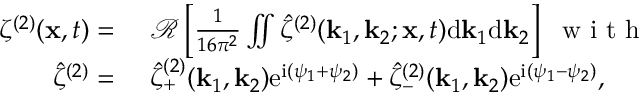
\begin{array} { r l } { \zeta ^ { ( 2 ) } ( \mathbf { x } , t ) = ~ } & { { } \mathcal { R } \left[ \frac { 1 } { 1 6 \pi ^ { 2 } } \iint \hat { \zeta } ^ { ( 2 ) } ( \mathbf { k } _ { 1 } , \mathbf { k } _ { 2 } ; \mathbf { x } , t ) \mathrm { d } \mathbf { k } _ { 1 } \mathrm { d } \mathbf { k } _ { 2 } \right] ~ \mathrm { ~ w ~ i ~ t ~ h ~ } ~ } \\ { \hat { \zeta } ^ { ( 2 ) } = ~ } & { { } \hat { \zeta } _ { + } ^ { ( 2 ) } ( \mathbf { k } _ { 1 } , \mathbf { k } _ { 2 } ) \mathrm { e } ^ { \mathrm { i } ( \psi _ { 1 } + \psi _ { 2 } ) } + \hat { \zeta } _ { - } ^ { ( 2 ) } ( \mathbf { k } _ { 1 } , \mathbf { k } _ { 2 } ) \mathrm { e } ^ { \mathrm { i } ( \psi _ { 1 } - \psi _ { 2 } ) } , } \end{array}